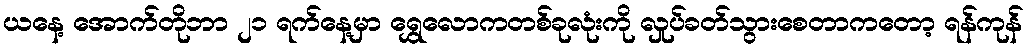
ယနေ့ အောက်တိုဘာ ၂၁ ရက်နေ့မှာ ရွှေလောကတစ်ခုလုံးကို လှုပ်ခတ်သွားစေတာကတော့ ရန်ကုန်